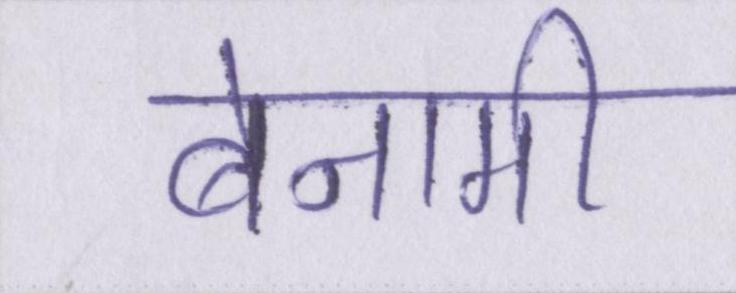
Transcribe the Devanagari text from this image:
बेनामी